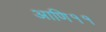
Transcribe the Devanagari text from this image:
आणि११